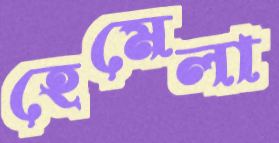
হেমেলা